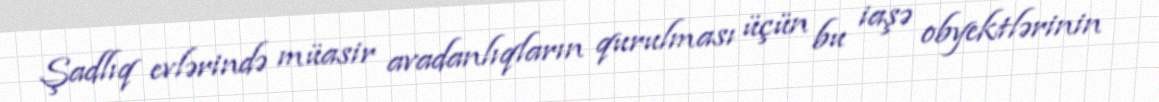
Şadlıq evlərində müasir avadanlıqların qurulması üçün bu iaşə obyektlərinin